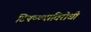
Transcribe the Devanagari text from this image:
टिपण्ण्याविरोधी